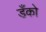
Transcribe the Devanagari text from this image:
डँको